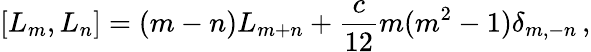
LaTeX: [L_{m},L_{n}]=(m-n)L_{m+n}+{\frac{c}{12}}m(m^{2}-1)\delta_{m,-n}\, ,